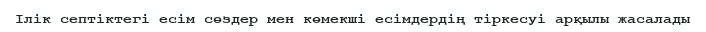
Ілік септіктегі есім сөздер мен көмекші есімдердің тіркесуі арқылы жасалады